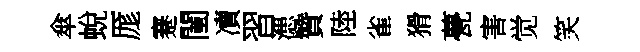
傘蛻厖蹇闉凟習漶贊陸雀猾甍害觉笑